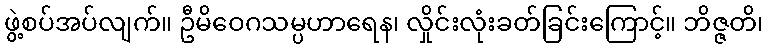
ဖွဲ့စပ်အပ်လျက်။ ဦမိဝေဂသမ္ပဟာရေန၊ လှိုင်းလုံးခတ်ခြင်းကြောင့်။ ဘိဇ္ဇတိ၊